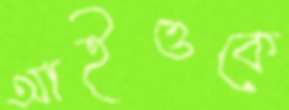
আইওকে